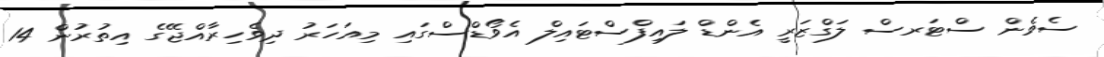
ސެވެން ސްޓަރސް ލަގްޒަރީ އެންޑް ލައިފްސްޓައިލް އެވޯޑްސްގައި މިއަހަރު ދިވެހިރާއްޖޭގެ އިތުރުން 14